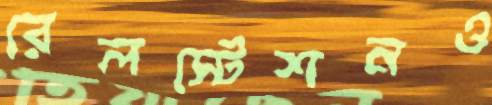
রেলস্টেশনও